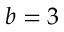
b = 3